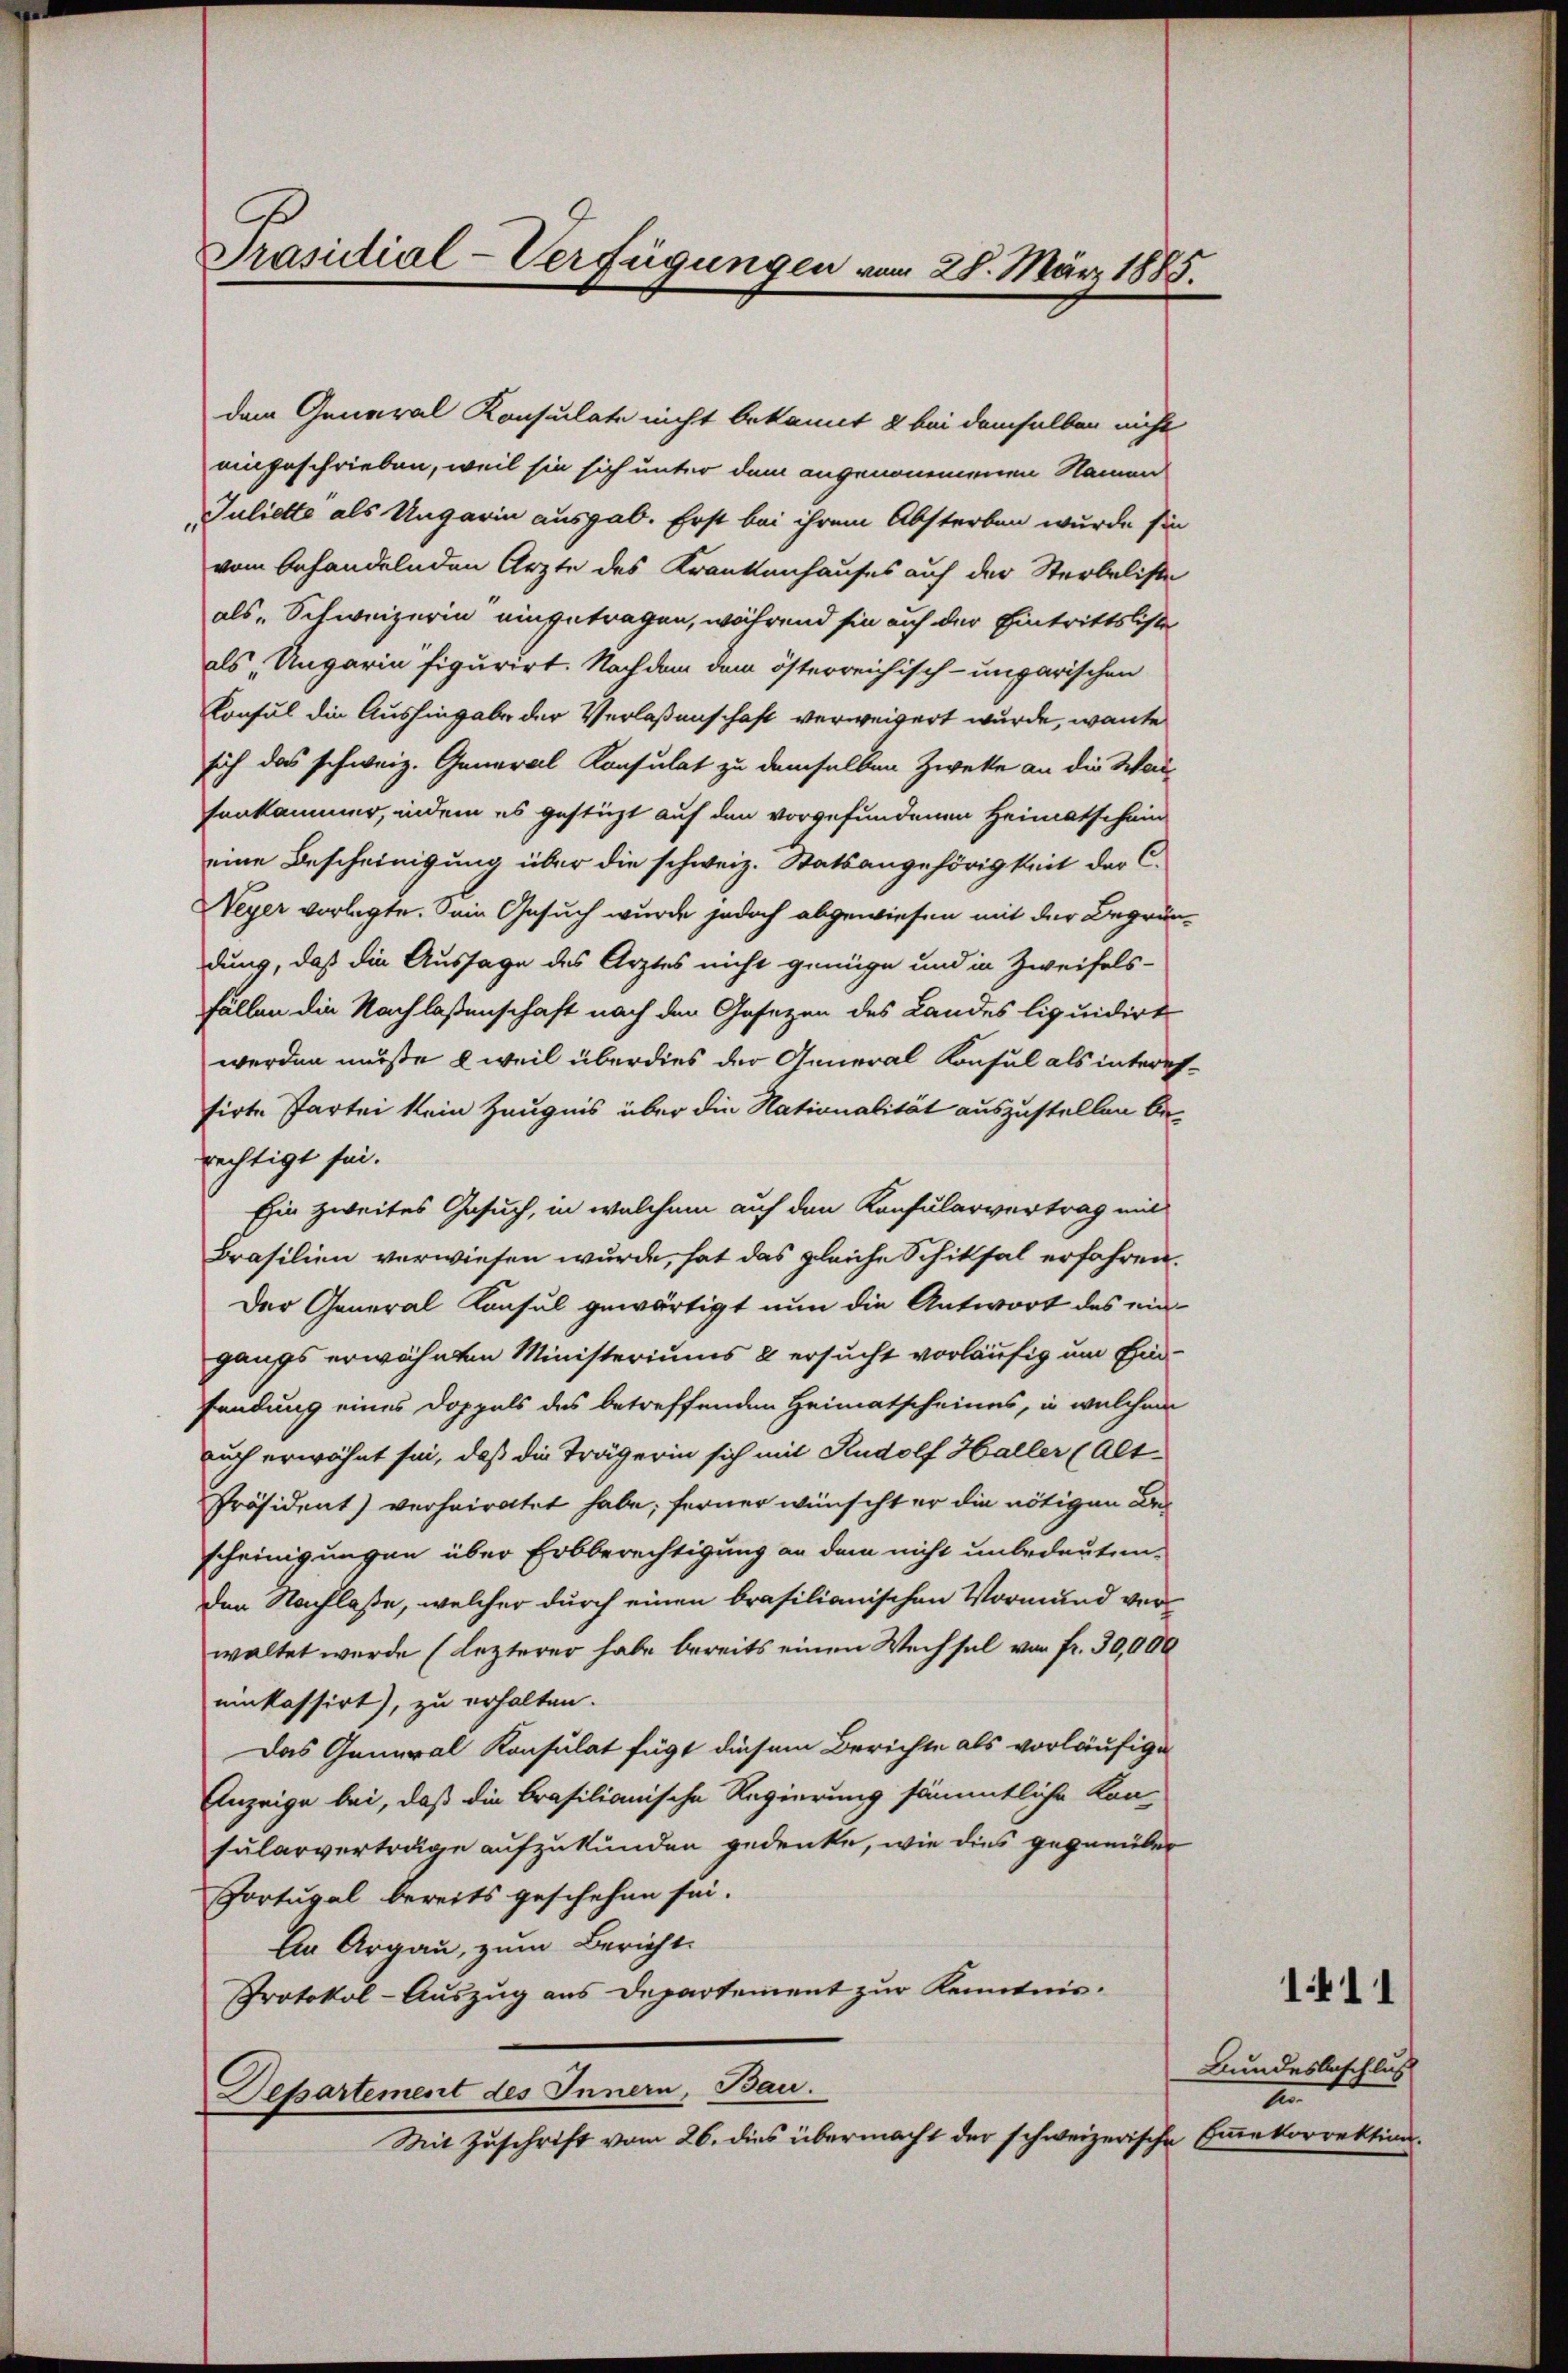
Präsidial-Verfügungen vom 28. März 1885.

dem General Konsulate nicht bekannt & bei demselben nicht
eingeschrieben, weil sie sich unter dem angenommenen Namen
Juliette als Ungarin ausgab. Erst bei ihrem Absterben wurde sie
vom behandelnden Ärzte des Krankenhauses auf der Sterbaliste
als „Schweizerin eingetragen, während sie auf der Eintrittsliste
als „Ungarin figurirt. Nach dem dem österreichisch-ungarischen
Konsul die Aushingabe der Verlaßenschaft verweigert wurde, wante
sich das schweiz. General Konsulat zu demselben Zweke an die Was-
Fenkammer, indem es gestüzt auf den vorgefundenen Heimatschein
eine Bescheinigung über die schweiz. Statsangehörigkeit der C.
Neyer vorlegte. Sein Gesuch wurde jedoch abgewiesen mit der Begründung, daß die Aussage des Arztes nicht genüge und in Zweifels-
Fällen die Nachlaßenschaft nach den Gesezen des Landes liquidirt
werden müße, weil überdies der General Konsul als interes-
sirte Partei kein Zeugnis über die Nationalität auszustellen berechtigt sei.
Ein zweites Gesuch, in welchem auf den Konsularvertrag mit
Brasilien verwiesen wurde, hat das gleiche Schiksal erfahren.
Der General Konsul gewärtigt nun die Antwort des eingangs erwähnten Ministeriums & ersucht vorläufig um Einfandung eines Doppels des betreffenden Heimatscheines, in welchem
auch erwähnt sei, daß die Trägerin sich mit Rudolf Haller (Alt
Präsident) verheiratet habe; ferner wünscht er die nötigen Bescheinigungen über Erbberechtigung an dem nicht unbedeuten.
den Nachlaße, welcher durch einen brasilianischen Vormund verwaltet wurde (lezterer habe bereits einen Wechsel von fr. 30,000
einkassirt), zu erhalten.
Das General Konsulat fügt diesem Berichte als vorläufige
Anzeige bei, daß die Brasilianische Regierung sämmtliche Kon-
sularverträge aufzukünden gedenke, wie dies gegenüber
Portugal bereits geschehen sei.
An Argau, zum Bericht.
Protokol-Auszug aus Departement zur Kenntnis.
Departement des Innern, Bau.
Mit Zuschrift vom 26. dies übermacht der schweizerische Einkorrektion.

Bundesbeschlus
I

1.11